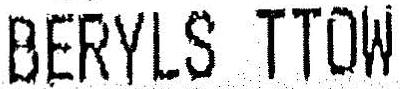
BERYLS TTOW